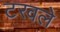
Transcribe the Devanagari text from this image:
टरवले